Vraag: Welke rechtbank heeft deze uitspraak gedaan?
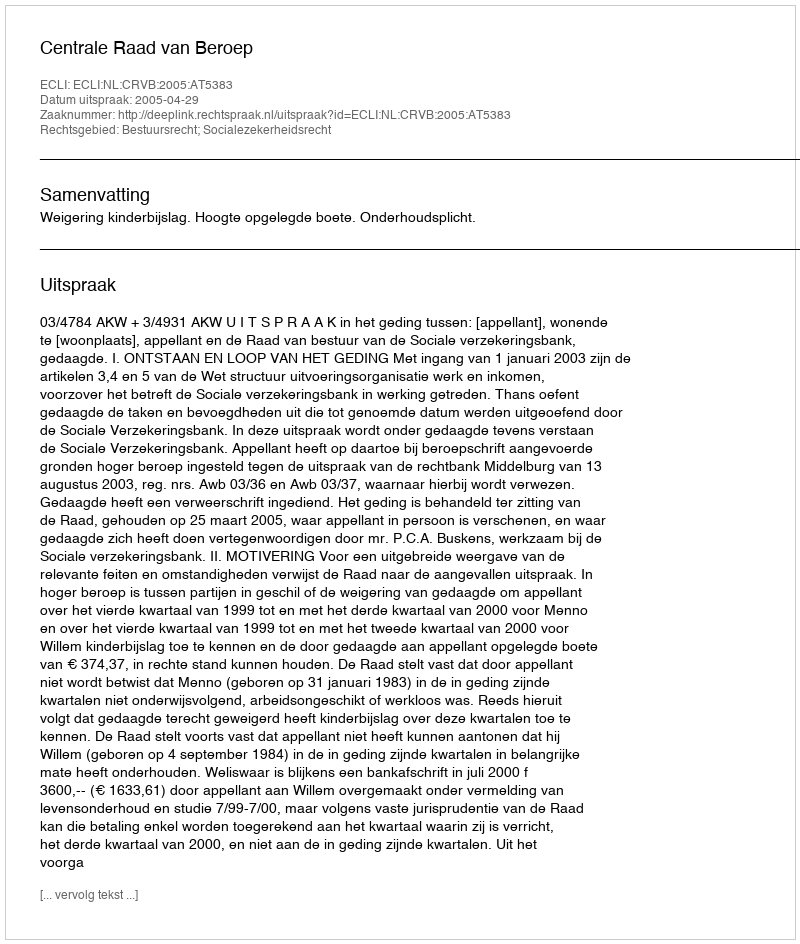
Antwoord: Centrale Raad van Beroep